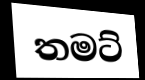
තමට්